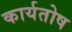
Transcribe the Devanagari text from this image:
कार्यतोष